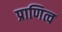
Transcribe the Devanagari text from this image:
प्राणित्व